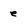
Character: e